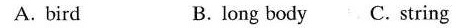
A. bird B. long body C.string